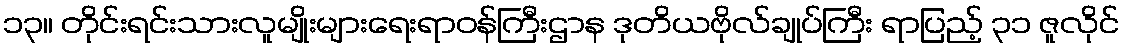
၁၃။ တိုင်းရင်းသားလူမျိုးများရေးရာဝန်ကြီးဌာန ဒုတိယဗိုလ်ချုပ်ကြီး ရာပြည့် ၃၁ ဇူလိုင်